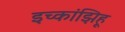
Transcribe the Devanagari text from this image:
इच्कांझिहू